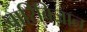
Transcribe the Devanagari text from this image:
बारिबिज़ान